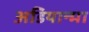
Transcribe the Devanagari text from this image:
अडियान्मा